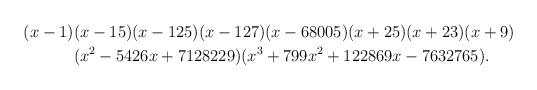
LaTeX: \begin{align*} (x-1) &(x-15)(x-125)(x-127)(x-68005)(x+25) (x+23)(x+9) \\ & (x^2-5426x+7128229) (x^3+799x^2+122869x-7632765). \end{align*}